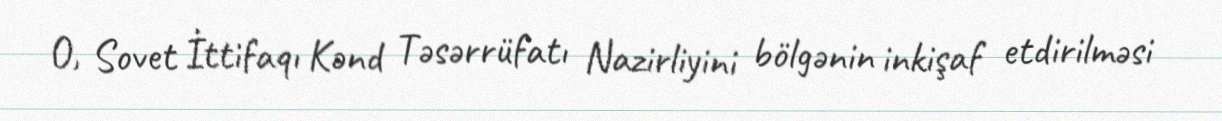
O, Sovet İttifaqı Kənd Təsərrüfatı Nazirliyini bölgənin inkişaf etdirilməsi